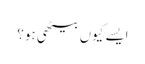
ایسے کیوں بیٹھی ہو؟